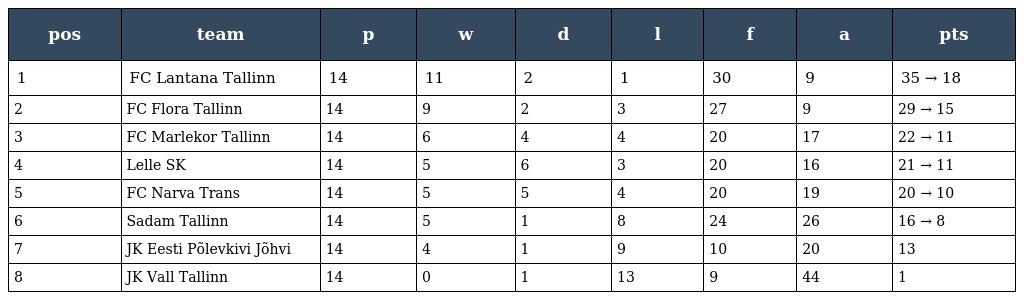
| pos | team | p | w | d | l | f | a | pts |
 | --- | --- | --- | --- | --- | --- | --- | --- | --- |
 | 1 | FC Lantana Tallinn | 14 | 11 | 2 | 1 | 30 | 9 | 35 → 18 |
 | 2 | FC Flora Tallinn | 14 | 9 | 2 | 3 | 27 | 9 | 29 → 15 |
 | 3 | FC Marlekor Tallinn | 14 | 6 | 4 | 4 | 20 | 17 | 22 → 11 |
 | 4 | Lelle SK | 14 | 5 | 6 | 3 | 20 | 16 | 21 → 11 |
 | 5 | FC Narva Trans | 14 | 5 | 5 | 4 | 20 | 19 | 20 → 10 |
 | 6 | Sadam Tallinn | 14 | 5 | 1 | 8 | 24 | 26 | 16 → 8 |
 | 7 | JK Eesti Põlevkivi Jõhvi | 14 | 4 | 1 | 9 | 10 | 20 | 13 |
 | 8 | JK Vall Tallinn | 14 | 0 | 1 | 13 | 9 | 44 | 1 |